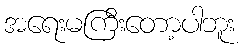
အရေးမကြီးတော့ပါဘူး